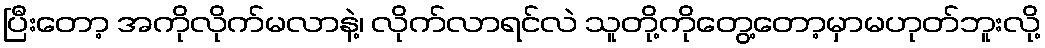
ပြီးတော့ အကိုလိုက်မလာနဲ့၊ လိုက်လာရင်လဲ သူတို့ကိုတွေ့တော့မှာမဟုတ်ဘူးလို့